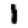
Digit: 1